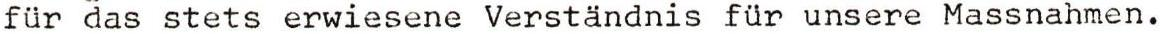
für das stets erwiesene Verständnis für unsere Massnahmen.